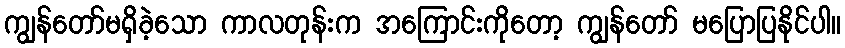
ကျွန်တော်မရှိခဲ့သော ကာလတုန်းက အကြောင်းကိုတော့ ကျွန်တော် မပြောပြနိုင်ပါ။